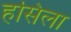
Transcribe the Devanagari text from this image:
हसिला